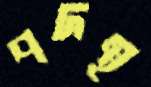
পদস্থ